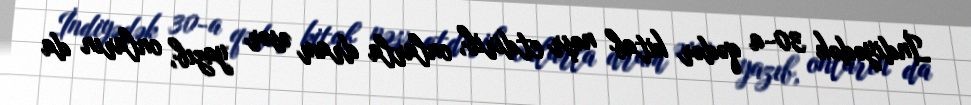
İndiyədək 30-a qədər kitab nəşr etdirib, onlarla dram əsər yazıb, onların da